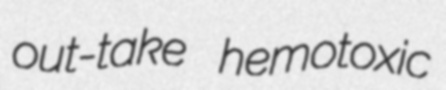
out-take hemotoxic